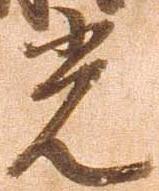
光